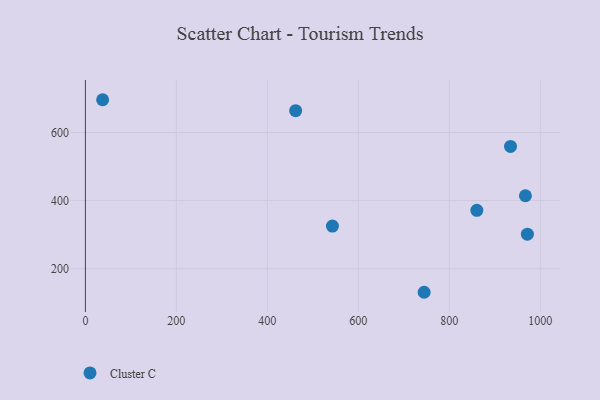
{"axis": {"x": "Investment", "y": "Demand"}, "legend": ["Cluster C"], "data": [{"x": "967.2", "y": 414.3, "type": "Cluster C"}, {"x": "543.0", "y": 325.3, "type": "Cluster C"}, {"x": "37.9", "y": 696.0, "type": "Cluster C"}, {"x": "934.4", "y": 559.1, "type": "Cluster C"}, {"x": "860.4", "y": 371.4, "type": "Cluster C"}, {"x": "744.6", "y": 131.0, "type": "Cluster C"}, {"x": "971.5", "y": 301.5, "type": "Cluster C"}, {"x": "462.2", "y": 663.9, "type": "Cluster C"}]}